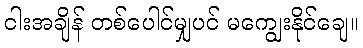
ငါးအချိန် တစ်ပေါင်မျှပင် မကျွေးနိုင်ချေ။